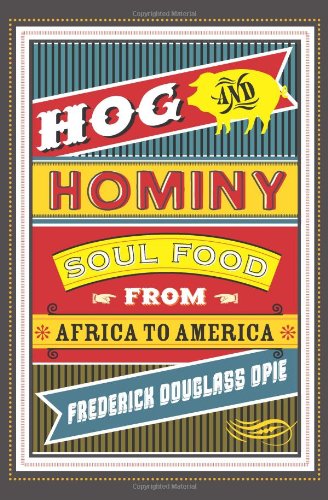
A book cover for Hog and Hominy: Soul Food from Africa to America (Arts and Traditions of the Table: Perspectives on Culinary History); Frederick Douglass Opie; Cookbooks, Food & Wine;